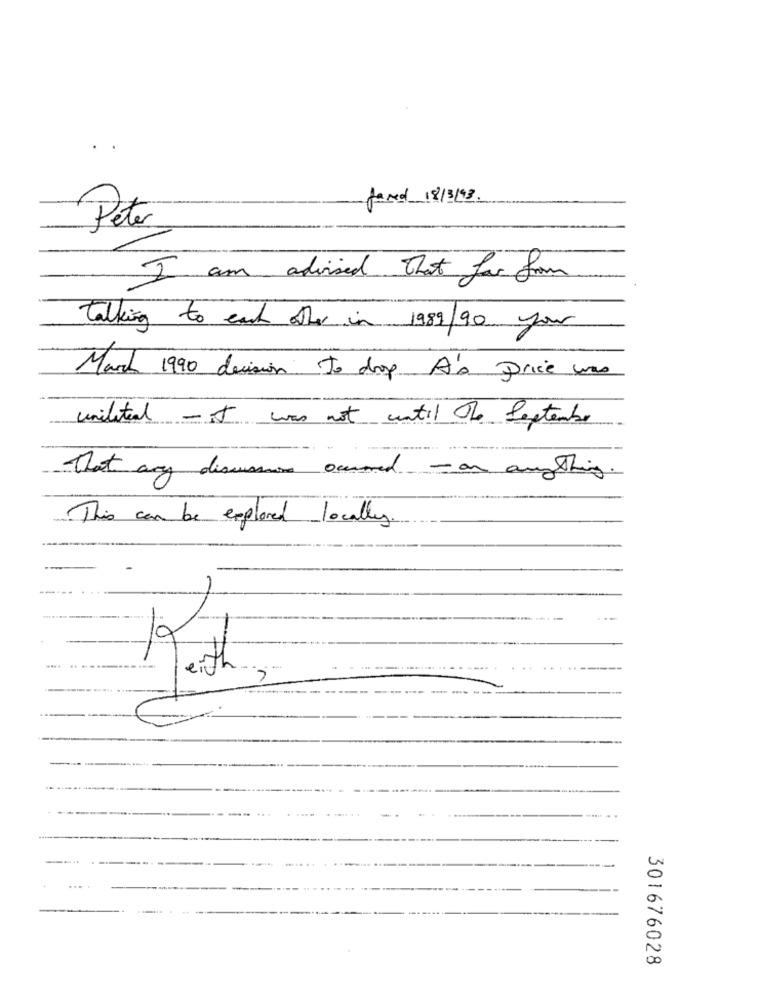
fand 18/3/93
Peter
I am advised that far from
talking to each other in 1989/90 your
March 1990 decision to drop A's price was
unilated - it was not until The September
That any discussione occurred - on anything.
This can be explored locally.
Keith
...
301676028